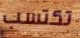
تكتسب